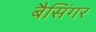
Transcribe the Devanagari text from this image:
बैसिंगर